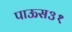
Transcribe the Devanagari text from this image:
पाऊस३१